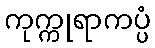
ကုက္ကုရာကပ္ပံ